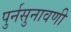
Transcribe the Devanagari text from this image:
पुर्नसुनावणी